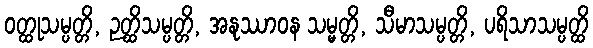
ဝတ္ထုသမ္ပတ္တိ, ဉတ္ထိသမ္ပတ္တိ, အနုဿာဝန သမ္မတ္တိ, သီမာသမ္ပတ္တိ, ပရိသာသမ္ပတ္ထိ